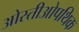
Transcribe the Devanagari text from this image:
ओस्तीओपथिक